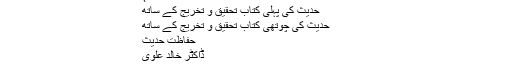
ا)
حدیث کی پہلی کتاب تحقیق و تخریج کے ساتھ
حدیث کی چوتھی کتاب تحقیق و تخریج کے ساتھ
حفاظت حدیث
ڈاکٹر خالد علوی
رسول اکرم ﷺ کے قووعمل اور تقریر کوحدیث کہتے ہیں ۔